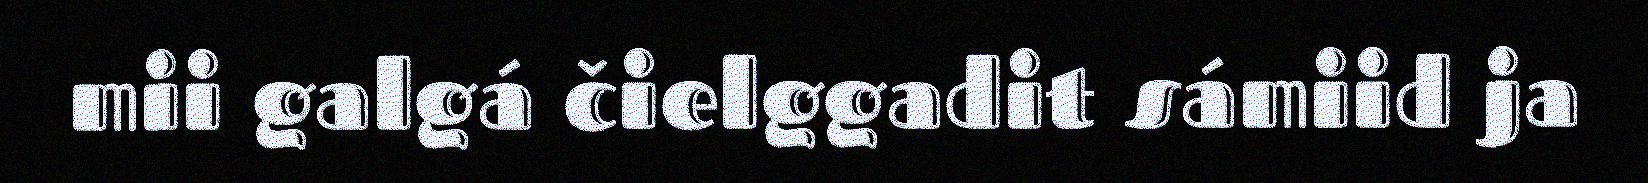
mii galgá čielggadit sámiid ja